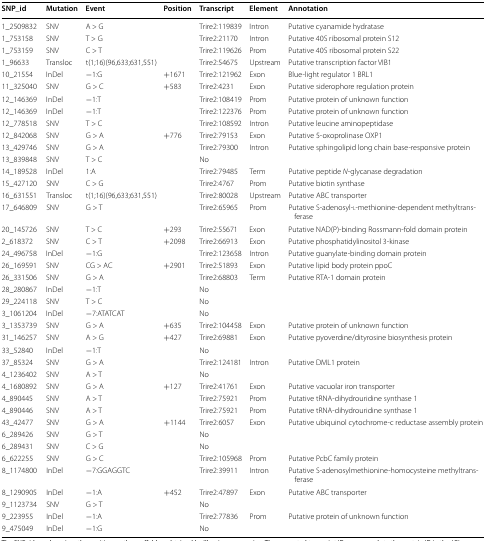
<table><thead><tr><td><b>SNP_id</b></td><td><b>Mutation</b></td><td><b>Event</b></td><td><b>Position</b></td><td><b>Transcript</b></td><td><b>Element</b></td><td><b>Annotation</b></td></tr></thead><tbody><tr><td>1_2509832</td><td>SNV</td><td>A &gt; G</td><td></td><td>Trire2:119839</td><td>Intron</td><td>Putative cyanamide hydratase</td></tr><tr><td>1_753158</td><td>SNV</td><td>T &gt; G</td><td></td><td>Trire2:21170</td><td>Intron</td><td>Putative 40S ribosomal protein S12</td></tr><tr><td>1_753159</td><td>SNV</td><td>C &gt; T</td><td></td><td>Trire2:119626</td><td>Prom</td><td>Putative 40S ribosomal protein S22</td></tr><tr><td>1_96633</td><td>Transloc</td><td>t(1;16)(96,633;631,551)</td><td></td><td>Trire2:54675</td><td>Upstream</td><td>Putative transcription factor VIB1</td></tr><tr><td>10_21554</td><td>InDel</td><td>−1:G</td><td>+1671</td><td>Trire2:121962</td><td>Exon</td><td>Blue-light regulator 1 BRL1</td></tr><tr><td>11_325040</td><td>SNV</td><td>G &gt; C</td><td>+583</td><td>Trire2:4231</td><td>Exon</td><td>Putative siderophore regulation protein</td></tr><tr><td>12_146369</td><td>InDel</td><td>−1:T</td><td></td><td>Trire2:108419</td><td>Prom</td><td>Putative protein of unknown function</td></tr><tr><td>12_146369</td><td>InDel</td><td>−1:T</td><td></td><td>Trire2:122376</td><td>Prom</td><td>Putative protein of unknown function</td></tr><tr><td>12_778518</td><td>SNV</td><td>T &gt; C</td><td></td><td>Trire2:108592</td><td>Intron</td><td>Putative leucine aminopeptidase</td></tr><tr><td>12_842068</td><td>SNV</td><td>G &gt; A</td><td>+776</td><td>Trire2:79153</td><td>Exon</td><td>Putative 5-oxoprolinase OXP1</td></tr><tr><td>13_429746</td><td>SNV</td><td>G &gt; A</td><td></td><td>Trire2:79300</td><td>Intron</td><td>Putative sphingolipid long chain base-responsive protein</td></tr><tr><td>13_839848</td><td>SNV</td><td>T &gt; C</td><td></td><td>No</td><td></td><td></td></tr><tr><td>14_189528</td><td>InDel</td><td>1:A</td><td></td><td>Trire2:79485</td><td>Term</td><td>Putative peptide <i>N</i>-glycanase degradation</td></tr><tr><td>15_427120</td><td>SNV</td><td>C &gt; G</td><td></td><td>Trire2:4767</td><td>Prom</td><td>Putative biotin synthase</td></tr><tr><td>16_631551</td><td>Transloc</td><td>t(1;16)(96,633;631,551)</td><td></td><td>Trire2:80028</td><td>Upstream</td><td>Putative ABC transporter</td></tr><tr><td>17_646809</td><td>SNV</td><td>G &gt; T</td><td></td><td>Trire2:65965</td><td>Prom</td><td>Putative S-adenosyl-l-methionine-dependent methyltransferase</td></tr><tr><td>20_145726</td><td>SNV</td><td>T &gt; C</td><td>+293</td><td>Trire2:55671</td><td>Exon</td><td>Putative NAD(P)-binding Rossmann-fold domain protein</td></tr><tr><td>2_618372</td><td>SNV</td><td>C &gt; T</td><td>+2098</td><td>Trire2:66913</td><td>Exon</td><td>Putative phosphatidylinositol 3-kinase</td></tr><tr><td>24_496758</td><td>InDel</td><td>−1:G</td><td></td><td>Trire2:123658</td><td>Intron</td><td>Putative guanylate-binding domain protein</td></tr><tr><td>26_169591</td><td>SNV</td><td>CG &gt; AC</td><td>+2901</td><td>Trire2:51893</td><td>Exon</td><td>Putative lipid body protein ppoC</td></tr><tr><td>26_331506</td><td>SNV</td><td>G &gt; A</td><td></td><td>Trire2:68803</td><td>Term</td><td>Putative RTA-1 domain protein</td></tr><tr><td>28_280867</td><td>InDel</td><td>−1:T</td><td></td><td>No</td><td></td><td></td></tr><tr><td>29_224118</td><td>SNV</td><td>T &gt; C</td><td></td><td>No</td><td></td><td></td></tr><tr><td>3_1061204</td><td>InDel</td><td>−7:ATATCAT</td><td></td><td>No</td><td></td><td></td></tr><tr><td>3_1353739</td><td>SNV</td><td>G &gt; A</td><td>+635</td><td>Trire2:104458</td><td>Exon</td><td>Putative protein of unknown function</td></tr><tr><td>31_146257</td><td>SNV</td><td>A &gt; G</td><td>+427</td><td>Trire2:69881</td><td>Exon</td><td>Putative pyoverdine/dityrosine biosynthesis protein</td></tr><tr><td>33_52840</td><td>InDel</td><td>−1:T</td><td></td><td>No</td><td></td><td></td></tr><tr><td>37_85324</td><td>SNV</td><td>G &gt; A</td><td></td><td>Trire2:124181</td><td>Intron</td><td>Putative DML1 protein</td></tr><tr><td>4_1236402</td><td>SNV</td><td>A &gt; T</td><td></td><td>No</td><td></td><td></td></tr><tr><td>4_1680892</td><td>SNV</td><td>G &gt; A</td><td>+127</td><td>Trire2:41761</td><td>Exon</td><td>Putative vacuolar iron transporter</td></tr><tr><td>4_890445</td><td>SNV</td><td>A &gt; T</td><td></td><td>Trire2:75921</td><td>Prom</td><td>Putative tRNA-dihydrouridine synthase 1</td></tr><tr><td>4_890446</td><td>SNV</td><td>A &gt; T</td><td></td><td>Trire2:75921</td><td>Prom</td><td>Putative tRNA-dihydrouridine synthase 1</td></tr><tr><td>43_42477</td><td>SNV</td><td>G &gt; A</td><td>+1144</td><td>Trire2:6057</td><td>Exon</td><td>Putative ubiquinol cytochrome-c reductase assembly protein</td></tr><tr><td>6_289426</td><td>SNV</td><td>G &gt; T</td><td></td><td>No</td><td></td><td></td></tr><tr><td>6_289431</td><td>SNV</td><td>C &gt; G</td><td></td><td>No</td><td></td><td></td></tr><tr><td>6_622255</td><td>SNV</td><td>G &gt; C</td><td></td><td>Trire2:105968</td><td>Prom</td><td>Putative PcbC family protein</td></tr><tr><td>8_1174800</td><td>InDel</td><td>−7:GGAGGTC</td><td></td><td>Trire2:39911</td><td>Intron</td><td>Putative S-adenosylmethionine-homocysteine methyltransferase</td></tr><tr><td>8_1290905</td><td>InDel</td><td>−1:A</td><td>+452</td><td>Trire2:47897</td><td>Exon</td><td>Putative ABC transporter</td></tr><tr><td>9_1123734</td><td>SNV</td><td>G &gt; T</td><td></td><td>No</td><td></td><td></td></tr><tr><td>9_223955</td><td>InDel</td><td>−1:A</td><td></td><td>Trire2:77836</td><td>Prom</td><td>Putative protein of unknown function</td></tr><tr><td>9_475049</td><td>InDel</td><td>−1:G</td><td></td><td>No</td><td></td><td></td></tr></tbody></table>